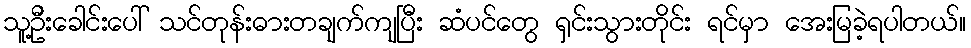
သူ့ဦးခေါင်းပေါ် သင်တုန်းဓားတချက်ကျပြီး ဆံပင်တွေ ရှင်းသွားတိုင်း ရင်မှာ အေးမြခဲ့ရပါတယ်။